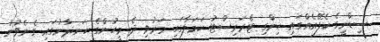
ސިޑްނީގެ ކެފޭއެއްގައި ހިންގި ޓެރަރިސްޓު ހަމަލާގައި މަރުވި ދެ މީހުންގެ ހަނދާނުގައި ގެނެވުނު